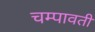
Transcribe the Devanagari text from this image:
चम्पावती